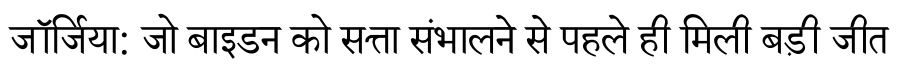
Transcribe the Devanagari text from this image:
जॉर्जिया: जो बाइडन को सत्ता संभालने से पहले ही मिली बड़ी जीत